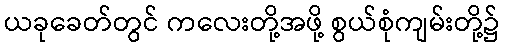
ယခုခေတ်တွင် ကလေးတို့အဖို့ စွယ်စုံကျမ်းတို့၌